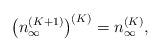
LaTeX: \begin{align*}\big(n_{\infty}^{(K+1)}\big)^{(K)}=n_{\infty}^{(K)},\end{align*}